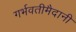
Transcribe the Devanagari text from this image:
गर्भवतीमैदानी